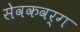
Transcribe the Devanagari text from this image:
सेवकवर्ग